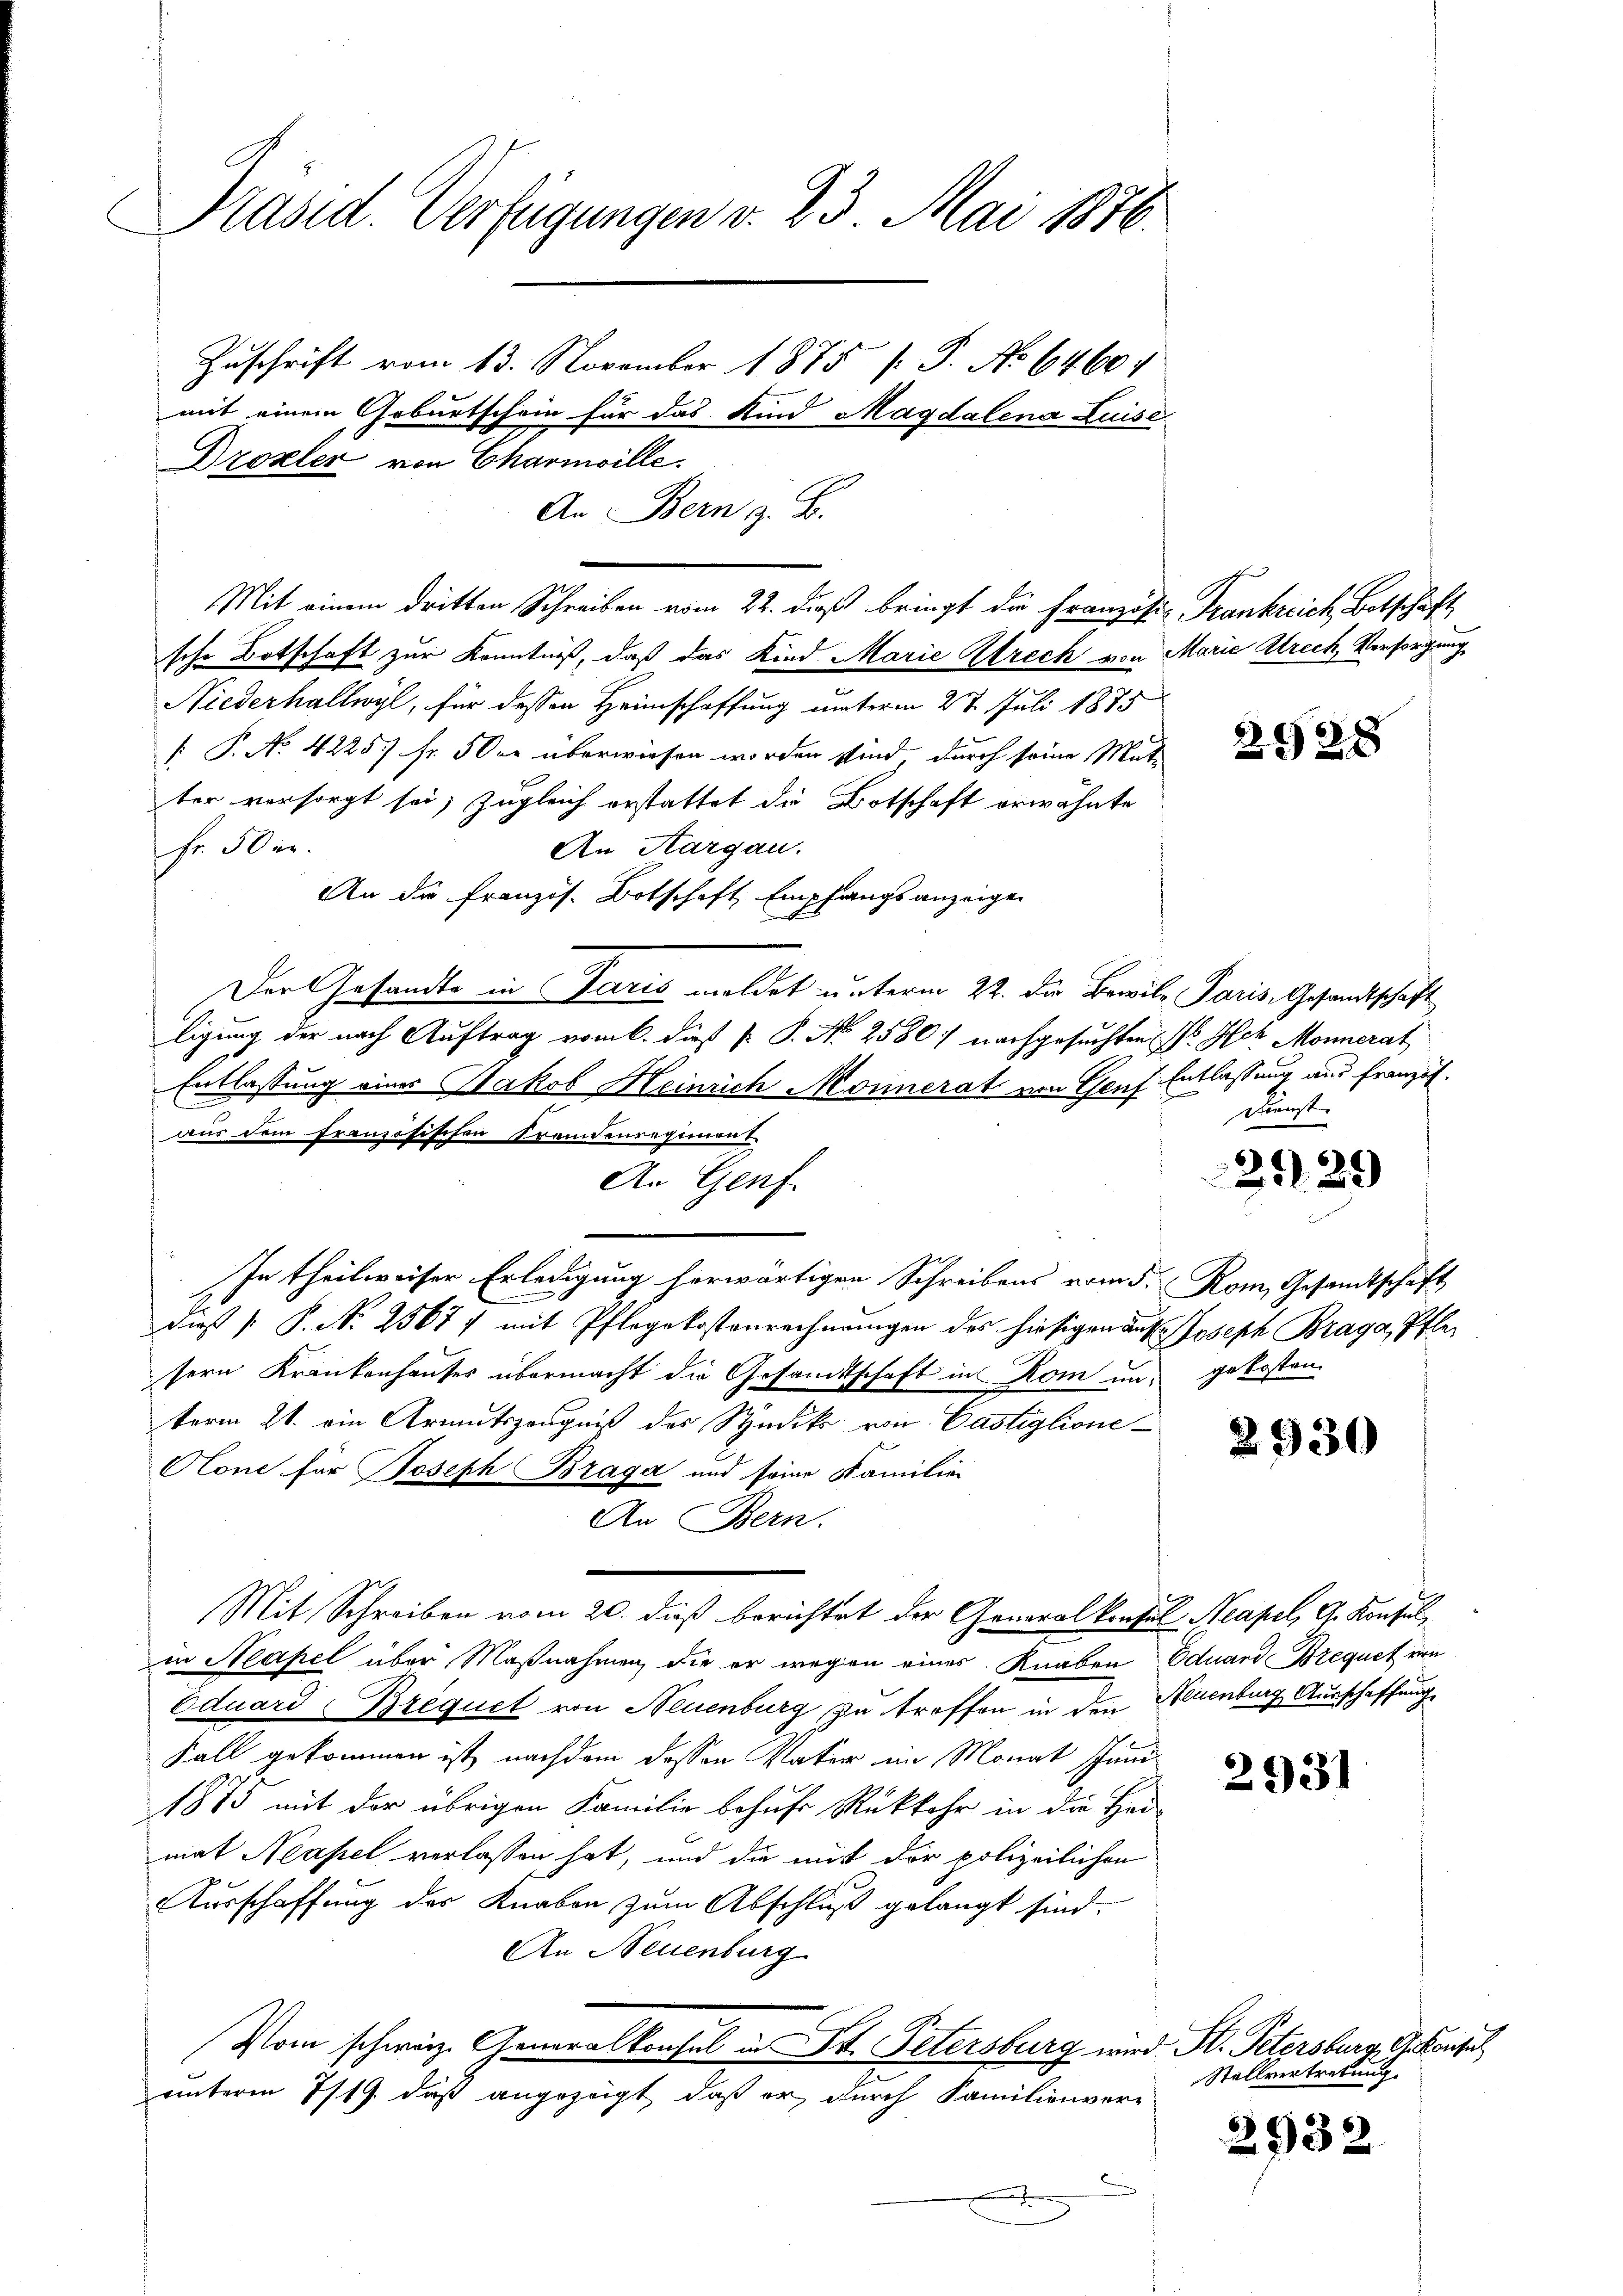
Präsid. Verfügungen v. 23. Mai 1876.

Zuschrift vom 13. November 1875 /: P. Nr. 64604
mit einem Geburtschein für das Kind Magdalena Luise
Dzozler von Charnwille.
An Bern z. B.

sche Botschaft zur Kenntniß, daß das Kind Marie Strech von Marie Strech, Versorgung
Niederhallwyl, für dessen Heimschaffung unterm 28. Juli 1875
 P. No. 4225) Fr. 500 überwiesen worden sind, durch seine Mutter versorgt sei, zugleich erstattet die Botschaft erwähnte
An Aargau.
Fr. 50 er
An die Französ. Botschaft Empfangsanzeigen
Der Gesandte in Paris meldet unterm 22. die Bewile Paris, Gesandtschaft
ligung der nach Auftrag vom 6. dieß P. P. No 2580) nachgesuchten N. Hch. Monnerat
Entlassung eines Nakob Heinrich Monnerat von Genf Entlassung aus französ.
aus dem französischen Fremdenregiment
An Genf.
In theilweiser Erledigung herwärtigen Schreibens vom 5. Rom, Gesamtschaft
dieß P. N. 2567/ mit Pflegekostenrechnungen des hiesigen auf Joseph Braga, Pflesern Krankenhauses übermacht die Gesandtschaft in Rom und gekosten
term 21. ein Armutszeugniß des Studik von Castiglione
Clone für Joseph Braga und seine Familien
An Bern.
Mit Schreiben vom 20. dieß berichtet der Generalkonsul Neapel, G. Konsulin Neapel über Maßnahmen, die er wegen eines Knaben Eduard Brequet era
Eduard Brequet von Neuenburg zu troffen in den Neuenburg Ausschaffung
Fall gekommen ist nachdem dessen Vater im Monat schind
1875 mit der übrigen Familie behufs Rückkehr in die Hei-
mat Neapel verlassen hat, und die mit der polizeilichen
Ausschaffung des Knaben zum Abschluß gelangt sind.
An Neuenburg
Vom schweiz. Generalkonsul in St. Petersburg wird Hr. Petersburg, G. Konsul
unterm 7/19. daß angezeigt, daß er durch Familienvere
x

Mit einem dritten Schreiben vom 22. dieß bringt die Franzist Frankreich Botschäft

u

2928

Dienst

2129

2930

2931

Stellvertretung.

2932